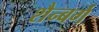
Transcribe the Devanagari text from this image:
शैन्बर्ग